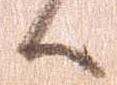
候